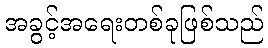
အခွင့်အရေးတစ်ခုဖြစ်သည်